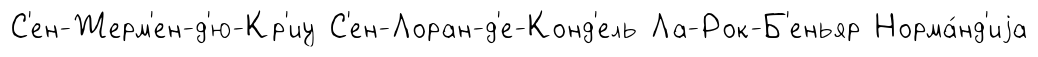
С'ен-Жерм'ен-д'ю-Кр'иу С'ен-Лоран-д'е-Конд'ель Ла-Рок-Б'еньяр Норма́нд'иjа